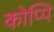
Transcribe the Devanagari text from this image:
कोप्पि